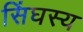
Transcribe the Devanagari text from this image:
सिंघस्य